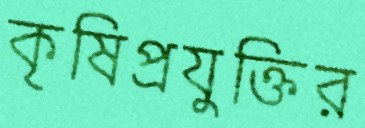
কৃষিপ্রযুক্তির